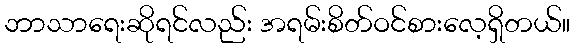
ဘာသာရေးဆိုရင်လည်း အရမ်းစိတ်ဝင်စားလေ့ရှိတယ်။